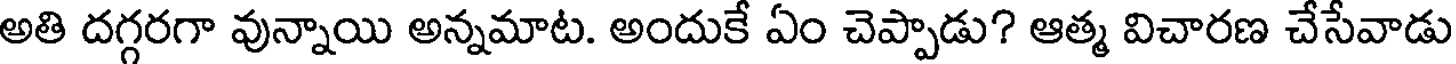
అతి దగ్గరగా వున్నాయి అన్నమాట. అందుకే ఏం చెప్పాడు? ఆత్మ విచారణ చేసేవాడు